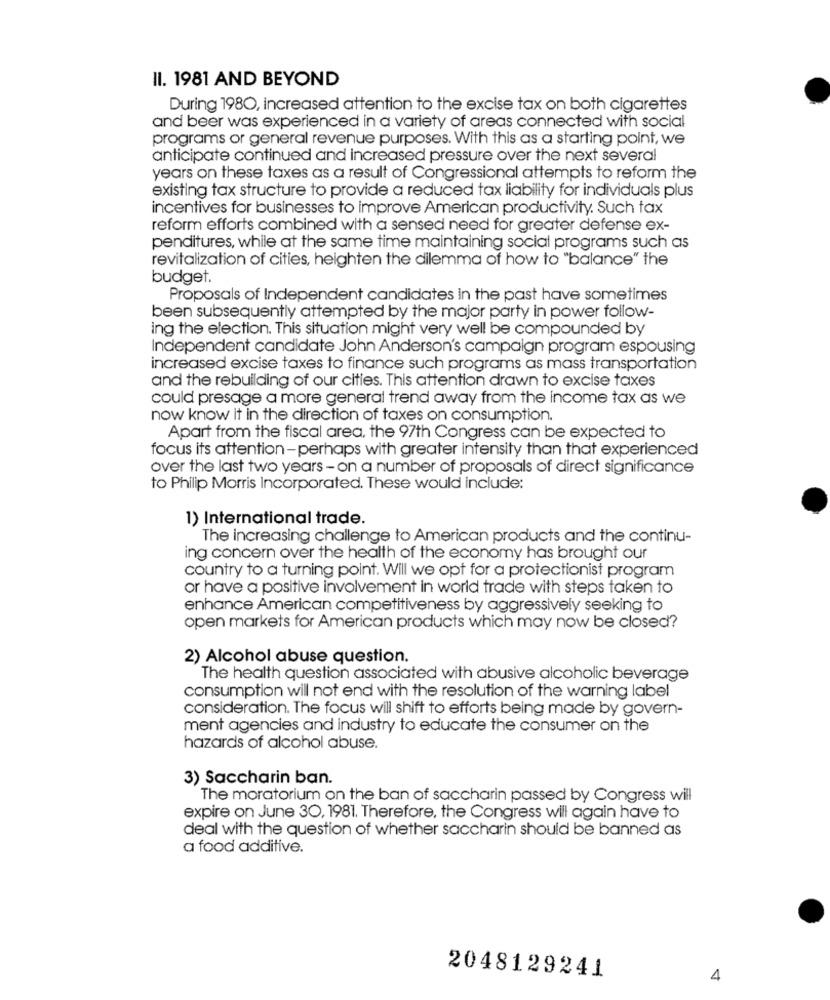
II. 1981 AND BEYOND
During 1980, increased attention to the excise tax on both cigarettes
and beer was experienced in a variety of areas connected with social
programs or general revenue purposes. With this as a starting point, we
anticipate continued and increased pressure over the next several
years on these taxes as a result of Congressional attempts to reform the
existing tax structure to provide a reduced tax liability for individuals plus
incentives for businesses to improve American productivity. Such tax
reform efforts combined with a sensed need for greater defense ex-
penditures, while at the same time maintaining social programs such as
revitalization of cities, heighten the dilemma of how to "balance" the
budget.
Proposals of Independent candidates in the past have sometimes
been subsequently attempted by the major party in power follow-
ing the election. This situation might very well be compounded by
Independent candidate John Anderson's campaign program espousing
increased excise taxes to finance such programs as mass transportation
and the rebuilding of our cities. This attention drawn to excise taxes
could presage a more general trend away from the income tax as we
now know it in the direction of taxes on consumption.
Apart from the fiscal area, the 97th Congress can be expected to
focus its attention -perhaps with greater intensity than that experienced
over the last two years - on a number of proposals of direct significance
to Philip Morris Incorporated. These would include:
1) International trade.
The increasing challenge to American products and the continu-
ing concern over the health of the economy has brought our
country to a turning point. Will we opt for a protectionist program
or have a positive involvement in world trade with steps taken to
enhance American competitiveness by aggressively seeking to
open markets for American products which may now be closed?
2) Alcohol abuse question.
The health question associated with abusive alcoholic beverage
consumption will not end with the resolution of the warning label
consideration. The focus will shift to efforts being made by govern-
ment agencies and industry to educate the consumer on the
hazards of alcohol abuse.
3) Saccharin ban.
The moratorium on the ban of saccharin passed by Congress will
expire on June 30, 1981. Therefore, the Congress will again have to
deal with the question of whether saccharin should be banned as
a food additive.
2048129241
4